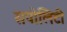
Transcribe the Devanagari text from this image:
सपोलिटी